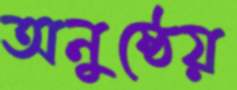
অনুষ্ঠেয়